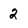
Character: 2